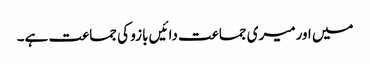
میں اورمیری جماعت دائیں بازو کی جماعت ہے۔